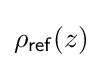
\rho _{\mathsf {ref}}(z)\